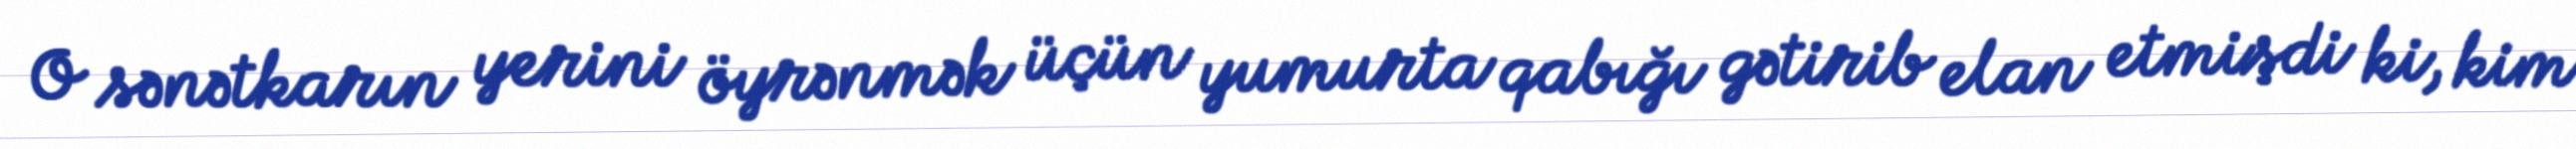
O sənətkarın yerini öyrənmək üçün yumurta qabığı gətirib elan etmişdi ki, kim